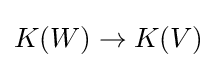
K(W)\to K(V)